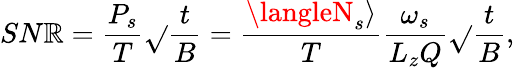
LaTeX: SN\mathbb{R}=\frac{{P_{s}}}{{T}}\sqrt{}{{\frac{{t}}{{B}}}}=\frac{{\langleN_{s}\rangle}}{{T}}\frac{{\omega_{s}}}{{L_{z}Q}}\sqrt{}{{\frac{{t}}{{B}}}},